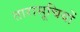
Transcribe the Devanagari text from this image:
तारासूचियों